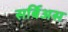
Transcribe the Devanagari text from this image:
सर्बिअस